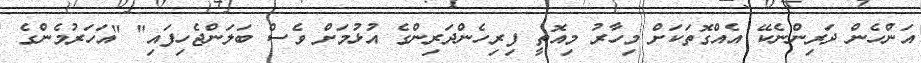
އަންހެން ދަރިންނެކޭ އެއްގޮތަކަށް މިހާރު މިއޮތީ ފިރިހެންދަރިންގެ އުޅުމަށް ވެސް ބަލަންޖެހިފައި" "އަހަރުމެންގެ